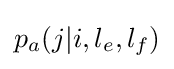
p_{a}(j|i,l_{e},l_{f})